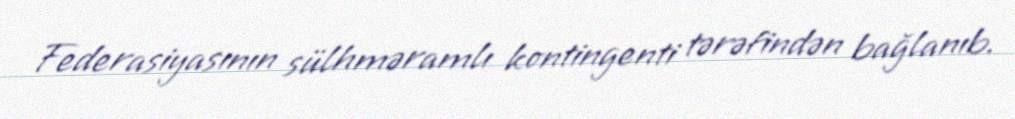
Federasiyasının sülhməramlı kontingenti tərəfindən bağlanıb.